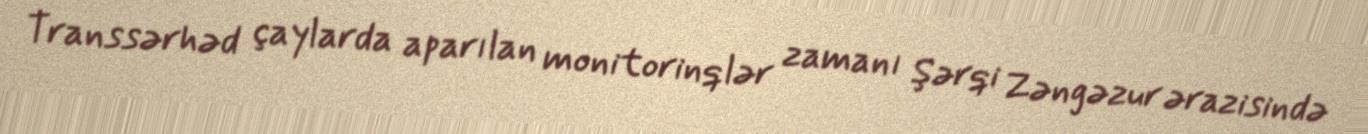
Transsərhəd çaylarda aparılan monitorinqlər zamanı Şərqi Zəngəzur ərazisində